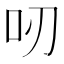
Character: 𠯄